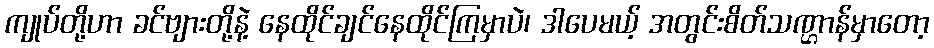
ကျုပ်တို့ဟာ ခင်ဗျားတို့နဲ့ နေထိုင်ချင်နေထိုင်ကြမှာပဲ၊ ဒါပေမယ့် အတွင်းစိတ်သဏ္ဌာန်မှာတော့